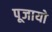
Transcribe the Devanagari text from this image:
पूजायो